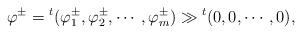
LaTeX: \begin{align*}\varphi^{\pm}={}^t (\varphi^{\pm}_1,\varphi^{\pm}_2,\cdots,\varphi^{\pm}_m)\gg {}^t (0,0,\cdots,0),\end{align*}